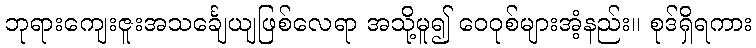
ဘုရားကျေးဇူးအသင်္ချေယျဖြစ်လေရာ အသို့မူ၍ ဝေဝုစ်များအံ့နည်း။ စုဒ်ရှိရကား